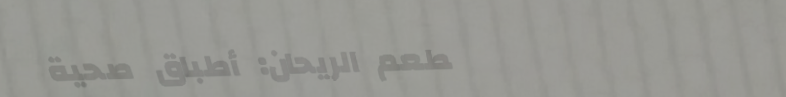
مطعم الريحان: أطباق صحية